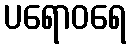
ပရောဝရေ